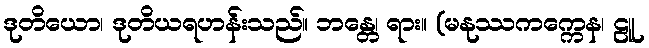
ဒုတိယော၊ ဒုတိယရဟန်းသည်။ ဘန္တေ၊ ရား။ (မနုဿကက္ကေန၊ ဠူ